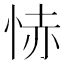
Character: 㤸